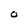
Character: O